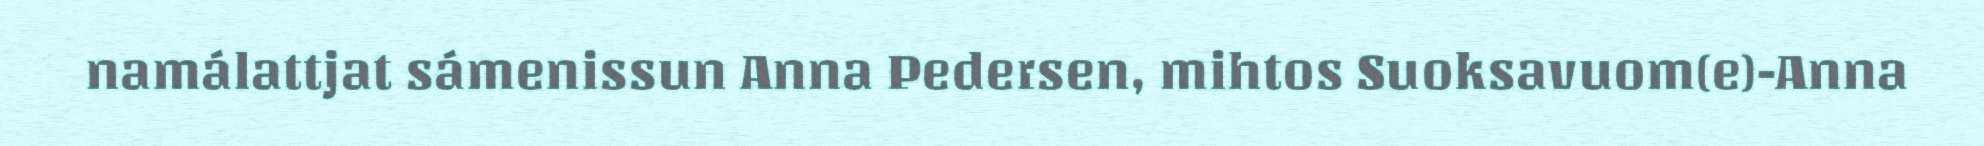
namálattjat sámenissun Anna Pedersen, mihtos Suoksavuom(e)-Anna